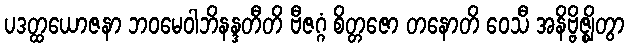
ပဒတ္ထယောဇနာ ဘဝမေဝါဘိနန္ဒတီတိ ဗီဇဂ္ဂံ စိတ္တဇော တနောတိ ဝေသီ အနိဗ္ဗိဇ္ဈိတွာ